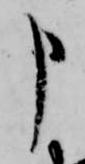
申